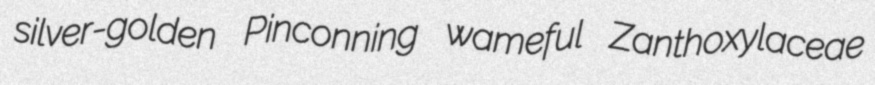
silver-golden Pinconning wameful Zanthoxylaceae